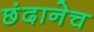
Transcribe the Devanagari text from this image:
छंदानेच